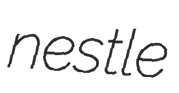
nestle